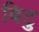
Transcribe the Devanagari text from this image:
बिटु